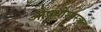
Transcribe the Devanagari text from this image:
औषधीशास्त्रात